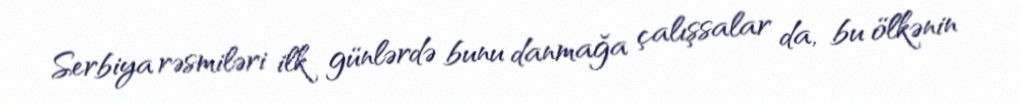
Serbiya rəsmiləri ilk günlərdə bunu danmağa çalışsalar da, bu ölkənin